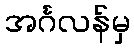
အင်္ဂလန်မှ